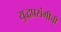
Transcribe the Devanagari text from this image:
युद्धप्रसंगीची